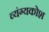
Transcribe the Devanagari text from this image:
व्यंग्यकोश